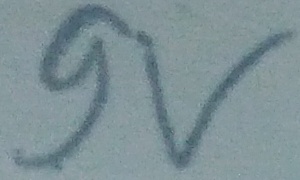
Text: 9v